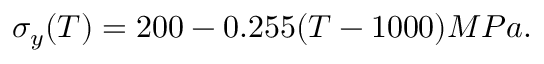
\sigma _ { y } ( T ) = 2 0 0 - 0 . 2 5 5 ( T - 1 0 0 0 ) M P a .